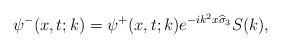
\begin{align*}\psi^-(x,t;k)=\psi^+(x,t;k)e^{-ik^2x\widehat{\sigma}_3}S(k),\end{align*}